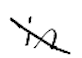
Text: in
Cross-out: diagonal
Writing tool: digital_black